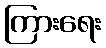
ကြားရေး